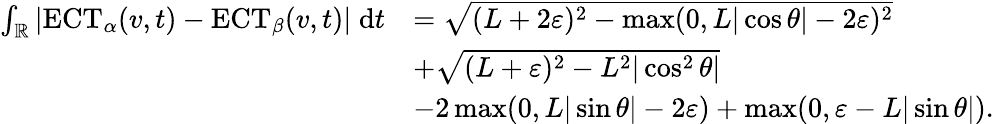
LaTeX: \begin{array}{rl}{\int_{\mathbb{R}}|\mathrm{ECT}_{\alpha}(v,t)-\mathrm{ECT}_{\beta}(v,t)|\; \mathrm{d}t}&{=\sqrt{(L+2\varepsilon)^{2}-\operatorname*{max}(0,L|\cos\theta|-2\varepsilon)^{2}}}\\ &{+\sqrt{(L+\varepsilon)^{2}-L^{2}|\cos^{2}\theta|}}\\ &{-2\operatorname*{max}(0,L|\sin\theta|-2\varepsilon)+\operatorname*{max}(0,\varepsilon-L|\sin\theta|).}\end{array}